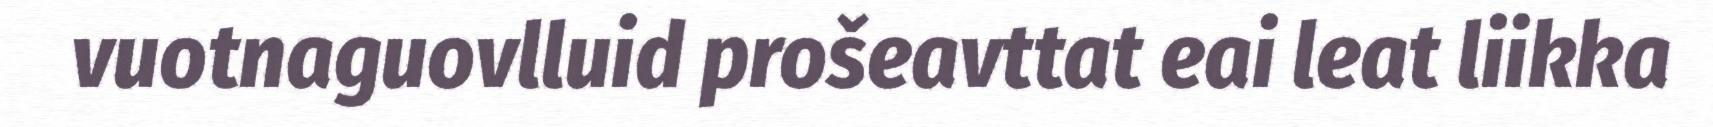
vuotnaguovlluid prošeavttat eai leat liikka